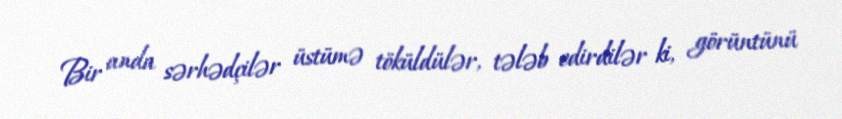
Bir anda sərhədçilər üstümə töküldülər, tələb edirdilər ki, görüntünü